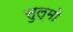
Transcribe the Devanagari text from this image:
सुल्मो